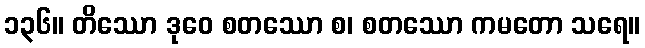
၁၃၆။ တိဿော ဒုဝေ စတဿော စ၊ စတဿော ကမတော သရေ။